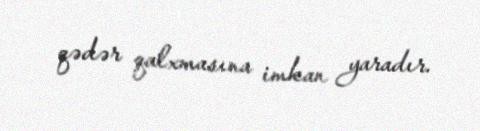
qədər qalxmasına imkan yaradır.